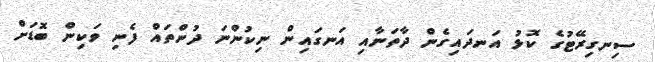
ސިނގިރޭޓުގެ ކޮޅު އަނދައިގެން ދާތަނާއި އަނގައިން ނިކުންނަ ދުންތައް ފެނި ވަކިން ބޮޑަށް